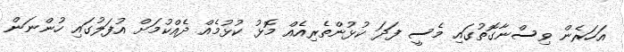
އަހަރެން ވިސްނާގޮތުގައި މެސީ ފަދަ ކުޅުންތެރިއެއް މޮޅު ކުޅުމެއް ދެއްކުމަށް އުފަލުގައި ހުންނަން